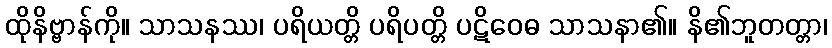
ထိုနိဗ္ဗာန်ကို။ သာသနဿ၊ ပရိယတ္တိ ပရိပတ္တိ ပဋိဝေဓ သာသနာ၏။ နိ၏ဘူတတ္တာ၊